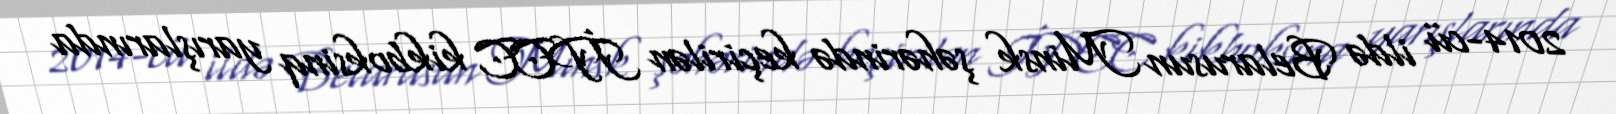
2014-cü ildə Belarusun Minsk şəhərində keçirilən İPCC kikboksinq yarışlarında